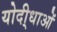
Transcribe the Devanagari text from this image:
योदी्धाओं